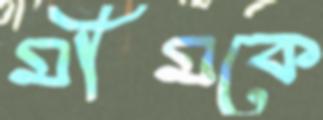
মীমকে